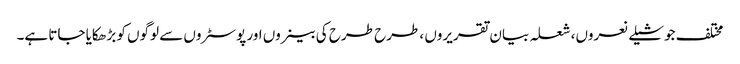
مختلف جوشیلے نعروں، شعلہ بیان تقریروں ، طرح طرح کی بینروں اور پوسٹروں سے لوگوں کو بڑھکایا جاتا ہے۔